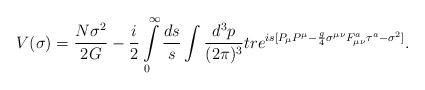
\begin{align*}V(\sigma)=\frac{N\sigma^2}{2G}-{i\over2}\int\limits_0^\infty\frac{ds}{s}\int\frac{d^3p}{(2\pi)^3}tr e^{is[P_\mu P^\mu-{g\over4}\sigma^{\mu\nu}F^a_{\mu\nu}\tau^a-\sigma^2]}.\end{align*}